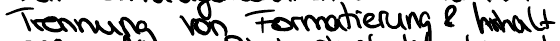
Trennung von Formatierung & Inhalt